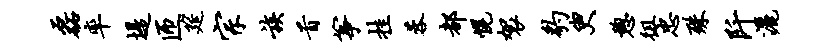
磊率堤匝筵宗族首筝挂蓉都幌袈豹臾憩徂忠殊阡洒